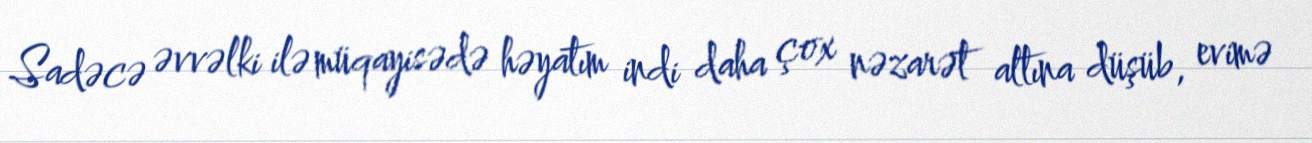
Sadəcə əvvəlki ilə müqayisədə həyatım indi daha çox nəzarət altına düşüb, evimə